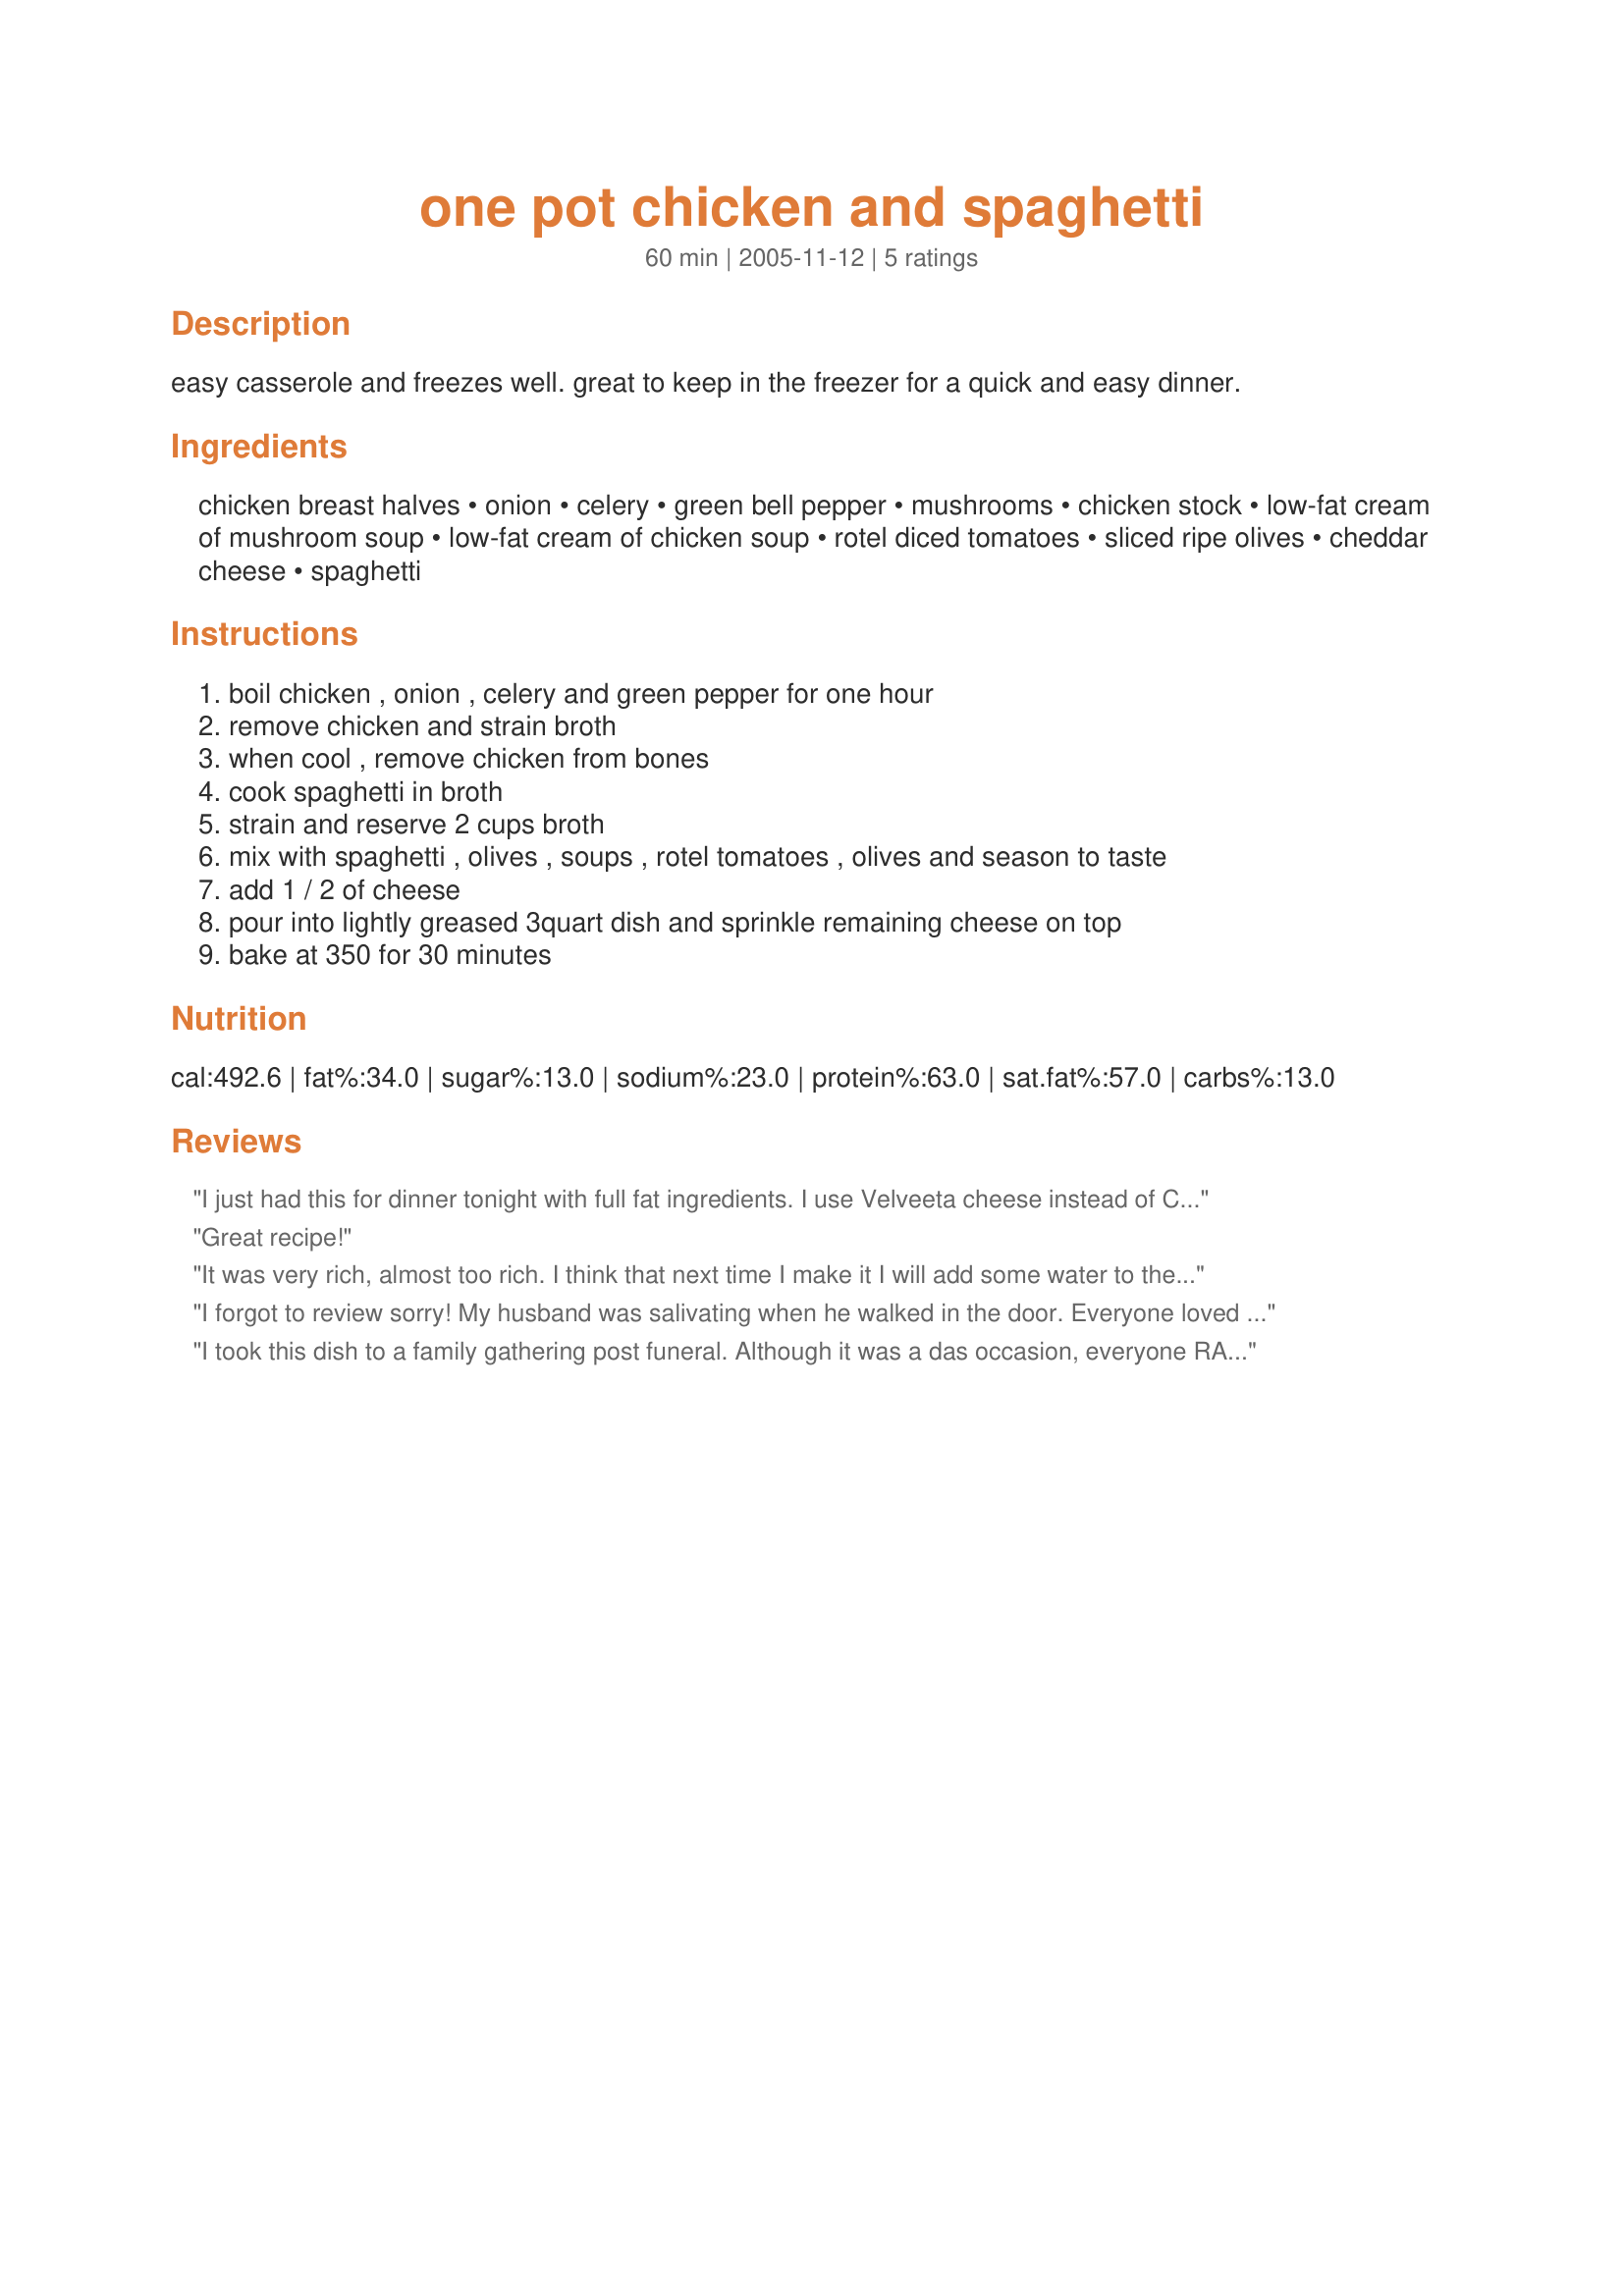
one pot chicken and spaghetti
Preparation time: 60 minutes

easy casserole and freezes well. great to keep in the freezer for a quick and easy dinner.

Ingredients:
chicken breast halves, onion, celery, green bell pepper, mushrooms, chicken stock, low-fat cream of mushroom soup, low-fat cream of chicken soup, rotel diced tomatoes, sliced ripe olives, cheddar cheese, spaghetti

Steps:
boil chicken , onion , celery and green pepper for one hour
remove chicken and strain broth
when cool , remove chicken from bones
cook spaghetti in broth
strain and reserve 2 cups broth
mix with spaghetti , olives , soups , rotel tomatoes , olives and season to taste
add 1 / 2 of cheese
pour into lightly greased 3quart dish and sprinkle remaining cheese on top
bake at 350 for 30 minutes

Reviews:
I just had this for dinner tonight with full fat ingredients. I use Velveeta cheese instead of Cheddar.

 I love it. Easy & delicious.
Great recipe!
It was very rich, almost too rich. I think that next time I make it I will add some water to the cream of mushroom & chicken...and not use 1lb. of cheese. It was too cheesy for my liking. My husband had to scrape the cheese off of the top to get to the main part.
I forgot to review sorry! My husband was salivating when he walked in the door. Everyone loved it! I used plain tomatoes due to my young ones and I di dnot have any olives - they raved. Thanks for the delicious meal
I took this dish to a family gathering post funeral. Although it was a das occasion, everyone RAVED about the dish. I followed it to the letter and wouldn't change a thing!!!
